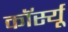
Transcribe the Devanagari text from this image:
कॉर्स्यू